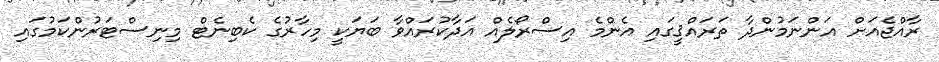
ރާއްޖެއަށް އަންނަމުންދާ ތަރަައްޤީގައި އެންމެ އިސްރޯލެއް އަދާކުރައްވާ ބަޔަކީ މިހާރުގެ ކެބިނެޓް މިނިސްޓަރުންކަމުގައި